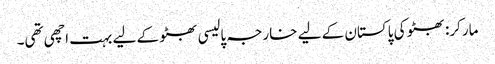
مارکر: بھٹو کی پاکستان کے لیے خارجہ پالیسی بھٹو کے لیے بہت اچھی تھی۔